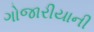
ગોજારીયાની